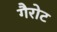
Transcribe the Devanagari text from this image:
गैरोट